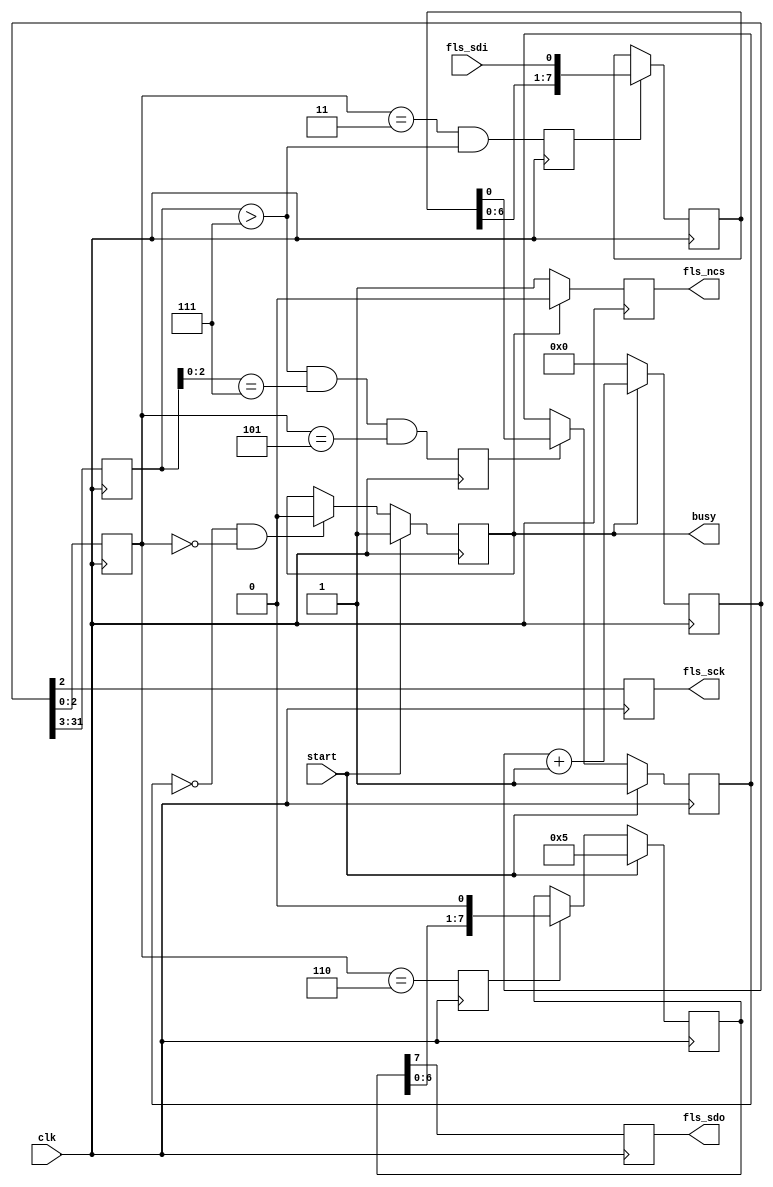
// This program was cloned from: https://github.com/verimake-team/SparkRoad-V
// License: MIT License

`timescale 1ns / 1ps
//////////////////////////////////////////////////////////////////////////////////
// Company: 
// Engineer: 
// 
// Design Name: 
// Module Name: flash_wait_free
// Project Name: 
// Target Devices: 
// Tool Versions: 
// Description: 
// 
// Dependencies: 
// 
// Revision:
// Revision 0.01 - File Created
// Additional Comments:
// 
//////////////////////////////////////////////////////////////////////////////////

module flash_wait_free
(
    input   wire    clk,
    
    // SPI
    output  reg     fls_sck,
    output  reg     fls_ncs,
    output  reg     fls_sdo,
    input   wire    fls_sdi,

    input   wire    start,
    output  reg     busy
);

reg [31:0] cnt;
reg [28:0] cycle_cnt; 
reg [2:0] phase_cnt;
reg [7:0] tx_reg;
reg [7:0] rx_reg;
reg sft_wen;
reg sft_ren;
reg byte_flag;
reg fls_busy;

initial
begin
    cnt = 0;
    tx_reg = 0;
    rx_reg = 0;
    busy = 0;
    fls_busy = 1;
end

// 
always@(posedge clk)
begin
    if(busy)
        cnt <= cnt + 1;
    else
        cnt <= 0;
end

// 
always@(posedge clk)
begin
    cycle_cnt <= cnt[31:3];
end

// 
always@(posedge clk)
begin
    phase_cnt <= cnt[2:0];
end

// SPI
always@(posedge clk)
begin
    fls_sck <= cnt[2];
end

// SPI
always@(posedge clk)
begin
    if(busy)
        fls_ncs <= 0;
    else
        fls_ncs <= 1;
end

// 
always@(posedge clk)
begin
    if(start)
        tx_reg <= {8'h05}; // flash
    else if(sft_wen)
        tx_reg <= {tx_reg[6:0],1'b0};
end

// (sck).
always@(posedge clk)
begin
    sft_wen <= (phase_cnt == 6);
end

// (sck).
always@(posedge clk)
begin
    sft_ren <= (phase_cnt == 3) && (cycle_cnt > 7);
end

// 1byte
always@(posedge clk)
begin
    byte_flag <= (cycle_cnt > 7) && (cycle_cnt[2:0] == 7) && (phase_cnt == 5);
end

// sdo
always@(posedge clk)
begin
    fls_sdo <= tx_reg[7];
end

// sdi
always@(posedge clk)
begin
    if(sft_ren)
        rx_reg <= {rx_reg[6:0],fls_sdi};
end

// fls_busy
always@(posedge clk)
begin
    if(start)
        fls_busy <= 1;
    else if(byte_flag)
        fls_busy <= rx_reg[0]; // 1 for busy. 0 for free
end

// busy
always@(posedge clk)
begin
    if(start)
        busy <= 1;
    else if((fls_busy == 0) && (phase_cnt == 0))
        busy <= 0;
end

endmodule